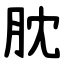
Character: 䏙